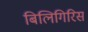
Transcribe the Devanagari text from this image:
बिलिगिरिस